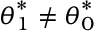
{ \boldsymbol { \theta } } _ { 1 } ^ { * } \neq { \boldsymbol { \theta } } _ { 0 } ^ { * }